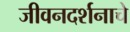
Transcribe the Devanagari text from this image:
जीवनदर्शनाचे